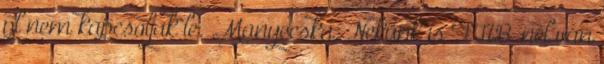
pl nem kapcsoljak le. .Manyecska: Nekünk is FHB-nél van